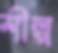
শীল্প